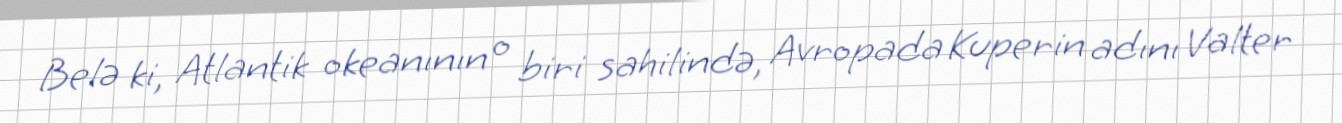
Belə ki, Atlantik okeanının o biri sahilində, Avropada Kuperin adını Valter